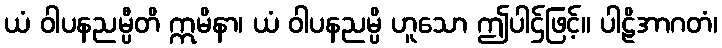
ယံ ဝါပနညမ္ပီတိ ဣမိနာ၊ ယံ ဝါပနညမ္ပိ ဟူသော ဤပါဌ်ဖြင့်။ ပါဠိအာဂတံ၊